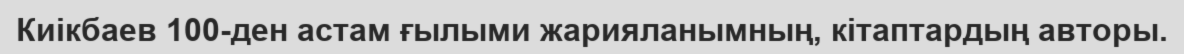
Киікбаев 100-ден астам ғылыми жарияланымның, кітаптардың авторы.